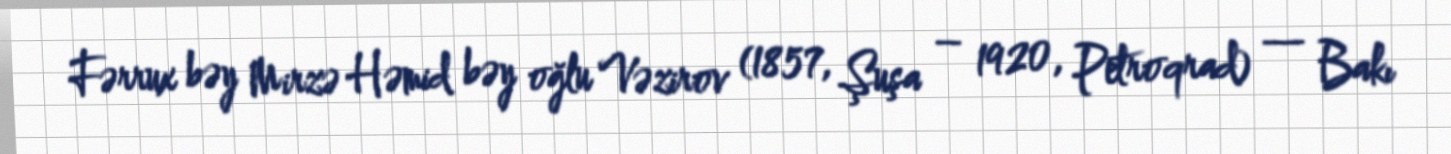
Fərrux bəy Mirzə Həmid bəy oğlu Vəzirov (1857, Şuşa – 1920, Petroqrad) — Bakı